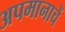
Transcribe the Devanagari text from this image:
अपमानाचें